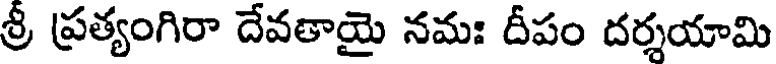
శ్రీ ప్రత్యంగిరా దేవతాయై నమః దీపం దర్శయామి